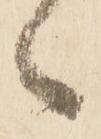
々